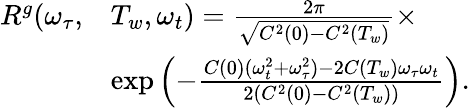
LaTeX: \begin{array}{rl}{R^{g}(\omega_{\tau},}&{T_{w},\omega_{t})=\frac{2\pi}{\sqrt{C^{2}(0)-C^{2}(T_{w})}}\times}\\ &{\exp\left(-\frac{C(0)(\omega_{t}^{2}+\omega_{\tau}^{2})-2C(T_{w})\omega_{\tau}\omega_{t}}{2(C^{2}(0)-C^{2}(T_{w}))}\right).}\end{array}